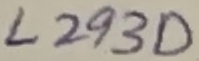
Text: L293D